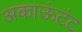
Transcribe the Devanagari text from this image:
अकाऊंटंट